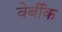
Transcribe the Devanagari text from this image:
वेर्बीक